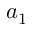
a _ { 1 }